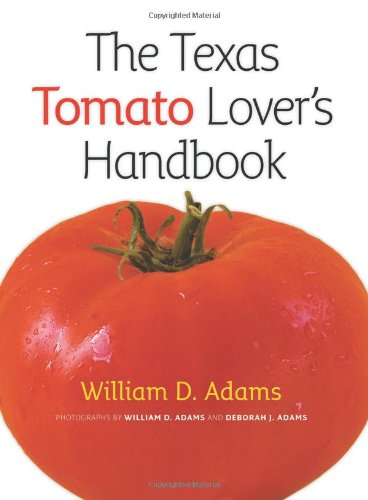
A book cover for The Texas Tomato Lover's Handbook (Texas A&M AgriLife Research and Extension Service Series); William D. Adams; Crafts, Hobbies & Home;